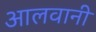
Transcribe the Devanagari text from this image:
आलवानी